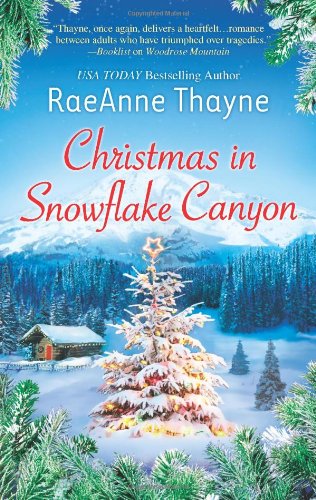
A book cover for Christmas in Snowflake Canyon (Hqn); Raeanne Thayne; Romance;